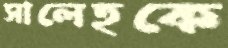
সালেহকে